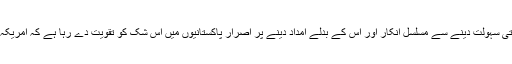
لیکن امریکہ کا پاکستان کو تجارتی سہولت دینے سے مسلسل انکار اور اس کے بدلے امداد دینے پر اصرار پاکستانیوں میں اس شک کو تقویت دے رہا ہے کہ امریکہ انہیں اپنا محتاج رکھنا چاہتا ہے۔